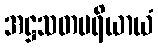
အဋ္ဌသတပရိယာယံ